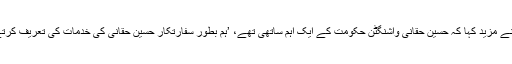
انہوں نے مزید کہا کہ حسین حقانی واشنگٹن حکومت کے ایک اہم ساتھی تھے، ’ہم بطور سفارتکار حسین حقانی کی خدمات کی تعریف کرتے ہیں۔